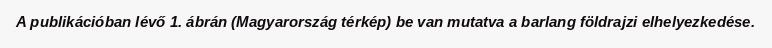
A publikációban lévő 1. ábrán (Magyarország térkép) be van mutatva a barlang földrajzi elhelyezkedése.